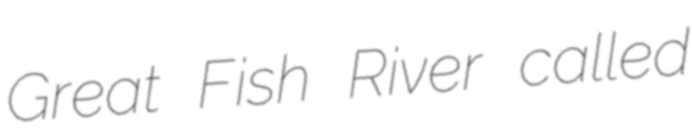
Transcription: Great Fish River called